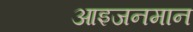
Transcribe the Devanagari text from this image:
आइजनमान